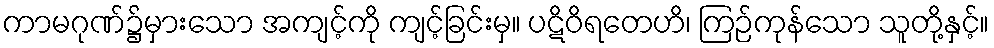
ကာမဂုဏ်၌မှားသော အကျင့်ကို ကျင့်ခြင်းမှ။ ပဋိဝိရတေဟိ၊ ကြဉ်ကုန်သော သူတို့နှင့်။